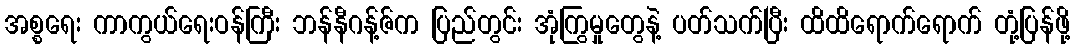
အစ္စရေး ကာကွယ်ရေးဝန်ကြီး ဘန်နီဂန့်ဇ်က ပြည်တွင်း အုံကြွမှုတွေနဲ့ ပတ်သက်ပြီး ထိထိရောက်ရောက် တုံ့ပြန်ဖို့